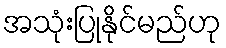
အသုံးပြုနိုင်မည်ဟု